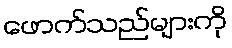
ဖောက်သည်များကို